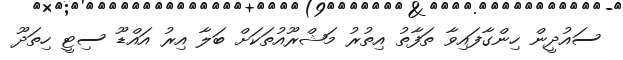
ސައުދީން ހިންގާފައިވާ ތަފާތު އިތުރު މަޝްރޫއުތަކަށް ބަލާ އިރު އައްޑޫ ސިޓީ ހިތަދޫ